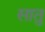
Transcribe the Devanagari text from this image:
सातु